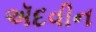
ઍદવીન